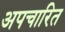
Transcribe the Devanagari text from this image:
अपचारित